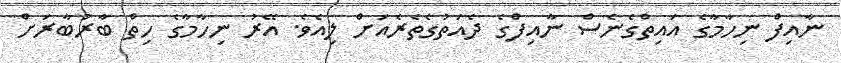
ނާއިފް ނިހާމާގެ އައިތްގެނެސް ނާއިފްގެ ދެއަތުގެތެރެއަށް ލިއެވެ. އޭރު ނިހާމާގެ ހިތް ބާރުބާރަށް